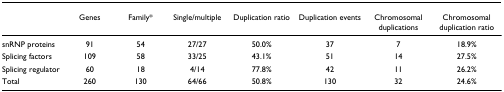
|  | Genes | Family* | Single/multiple | Duplication ratio | Duplication events | Chromosomal duplications | Chromosomal duplication ratio |
 | --- | --- | --- | --- | --- | --- | --- | --- |
 | snRNP proteins | 91 | 54 | 27/27 | 50.0% | 37 | 7 | 18.9% |
 | Splicing factors | 109 | 58 | 33/25 | 43.1% | 51 | 14 | 27.5% |
 | Splicing regulator | 60 | 18 | 4/14 | 77.8% | 42 | 11 | 26.2% |
 | Total | 260 | 130 | 64/66 | 50.8% | 130 | 32 | 24.6% |